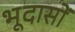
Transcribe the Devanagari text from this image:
भूदासों